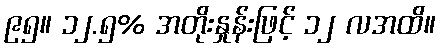
၉၅။ ၁၂.၅% အတိုးနှုန်းဖြင့် ၁၂ လအထိ။